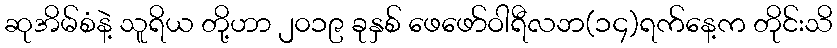
ဆုအိမ်စံနဲ့ သူရိယ တို့ဟာ ၂၀၁၉ ခုနှစ် ဖေဖော်ဝါရီလဘ(၁၄)ရက်နေ့က တိုင်းသိ